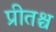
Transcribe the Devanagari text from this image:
प्रीतश्च